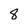
Character: 8